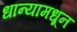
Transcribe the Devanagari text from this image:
धान्यामधून